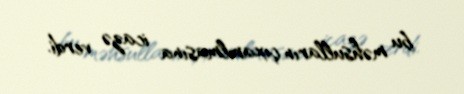
bu məhsulların çıxarılmasına icazə verdi.